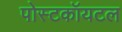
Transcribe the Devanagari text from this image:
पोस्टकॉयटल